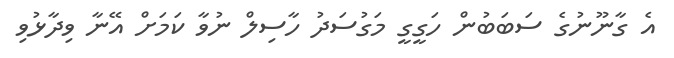
އެ ގާނޫނުގެ ސަބަބުން ހަގީގީ މަގުސަދު ހާސިލް ނުވާ ކަމަށް އޭނާ ވިދާޅުވި